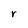
Character: r